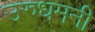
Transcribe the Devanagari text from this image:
उरुधमनी